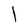
Character: l